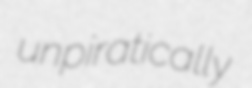
unpiratically